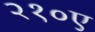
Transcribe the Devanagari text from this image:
२१०ए